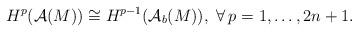
LaTeX: \begin{align*}H^p(\mathcal{A}(M))\cong H^{p-1}(\mathcal{A}_b(M)),\,\,\forall\,p=1,\ldots,2n+1.\end{align*}